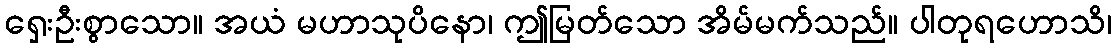
ရှေးဦးစွာသော။ အယံ မဟာသုပိနော၊ ဤမြတ်သော အိမ်မက်သည်။ ပါတုရဟောသိ၊